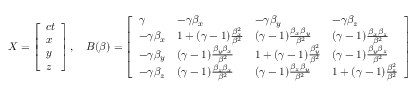
X = { \left[ \begin{array} { l } { c t } \\ { x } \\ { y } \\ { z } \end{array} \right] } \, , \quad B ( { \boldsymbol { \beta } } ) = { \left[ \begin{array} { l l l l } { \gamma } & { - \gamma \beta _ { x } } & { - \gamma \beta _ { y } } & { - \gamma \beta _ { z } } \\ { - \gamma \beta _ { x } } & { 1 + ( \gamma - 1 ) { \frac { \beta _ { x } ^ { 2 } } { \beta ^ { 2 } } } } & { ( \gamma - 1 ) { \frac { \beta _ { x } \beta _ { y } } { \beta ^ { 2 } } } } & { ( \gamma - 1 ) { \frac { \beta _ { x } \beta _ { z } } { \beta ^ { 2 } } } } \\ { - \gamma \beta _ { y } } & { ( \gamma - 1 ) { \frac { \beta _ { y } \beta _ { x } } { \beta ^ { 2 } } } } & { 1 + ( \gamma - 1 ) { \frac { \beta _ { y } ^ { 2 } } { \beta ^ { 2 } } } } & { ( \gamma - 1 ) { \frac { \beta _ { y } \beta _ { z } } { \beta ^ { 2 } } } } \\ { - \gamma \beta _ { z } } & { ( \gamma - 1 ) { \frac { \beta _ { z } \beta _ { x } } { \beta ^ { 2 } } } } & { ( \gamma - 1 ) { \frac { \beta _ { z } \beta _ { y } } { \beta ^ { 2 } } } } & { 1 + ( \gamma - 1 ) { \frac { \beta _ { z } ^ { 2 } } { \beta ^ { 2 } } } } \end{array} \right] }